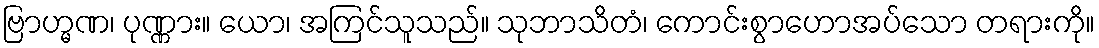
ဗြာဟ္မဏ၊ ပုဏ္ဏား။ ယော၊ အကြင်သူသည်။ သုဘာသိတံ၊ ကောင်းစွာဟောအပ်သော တရားကို။